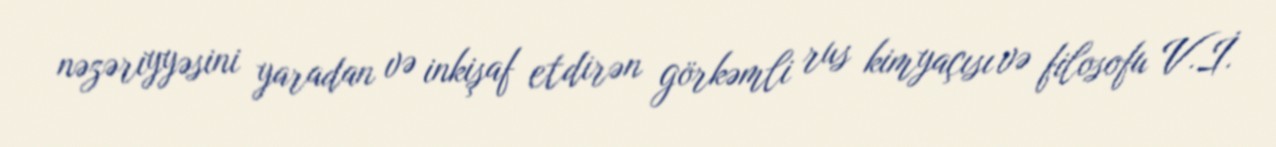
nəzəriyyəsini yaradan və inkişaf etdirən görkəmli rus kimyaçısı və filosofu V.İ.